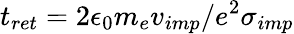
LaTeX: t_{ret}=2\epsilon_{0}m_{e}v_{imp}/e^{2}\sigma_{imp}